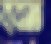
ব্যবসাত